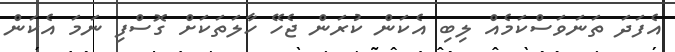
އެފަދަ ތަނަވަސްކަމެއް ލިބި އެކަން ކުރަން ޖެހޭ ހާލަތަކަށް ގޮސްފި ނަމަ އެކަން